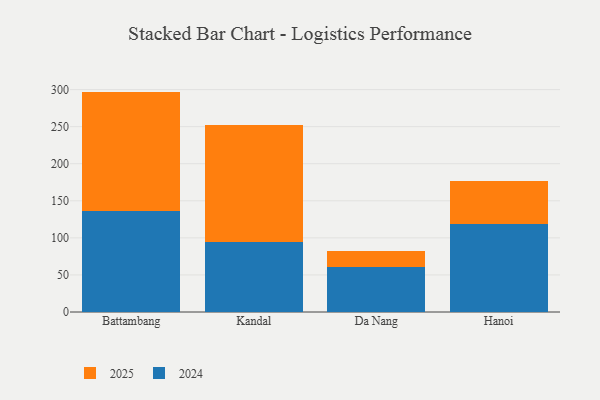
{"axis": {"x": "City", "y": "Humidity (%)"}, "legend": ["2024", "2025"], "data": [{"x": "Battambang", "y": 136.7, "type": "2024"}, {"x": "Battambang", "y": 160.6, "type": "2025"}, {"x": "Kandal", "y": 94.3, "type": "2024"}, {"x": "Kandal", "y": 158.3, "type": "2025"}, {"x": "Da Nang", "y": 61.2, "type": "2024"}, {"x": "Da Nang", "y": 20.9, "type": "2025"}, {"x": "Hanoi", "y": 118.9, "type": "2024"}, {"x": "Hanoi", "y": 57.7, "type": "2025"}]}